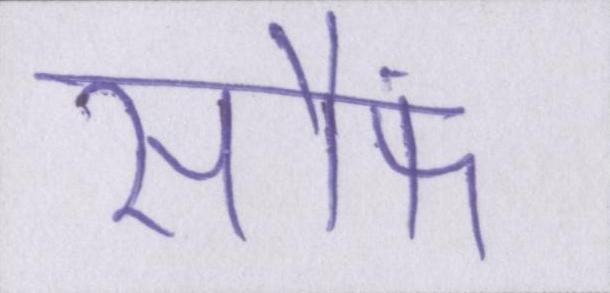
सौंफ